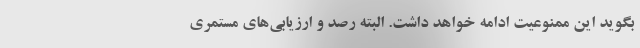
بگوید این ممنوعیت ادامه خواهد داشت. البته رصد و ارزیابی‌های مستمری